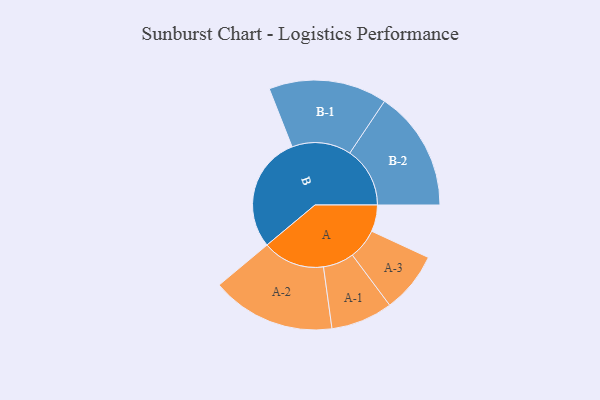
{"axis": {"x": "Segment", "y": "Value"}, "legend": ["", "A", "B"], "data": [{"x": "A", "y": 110, "type": ""}, {"x": "B", "y": 480, "type": ""}, {"x": "A-1", "y": 128, "type": "A"}, {"x": "A-2", "y": 257, "type": "A"}, {"x": "A-3", "y": 126, "type": "A"}, {"x": "B-1", "y": 245, "type": "B"}, {"x": "B-2", "y": 249, "type": "B"}]}